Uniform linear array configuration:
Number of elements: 48
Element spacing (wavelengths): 0.25
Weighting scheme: kaiser
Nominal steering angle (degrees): -30
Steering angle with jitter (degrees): -30.615
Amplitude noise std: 0.05
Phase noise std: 0.05

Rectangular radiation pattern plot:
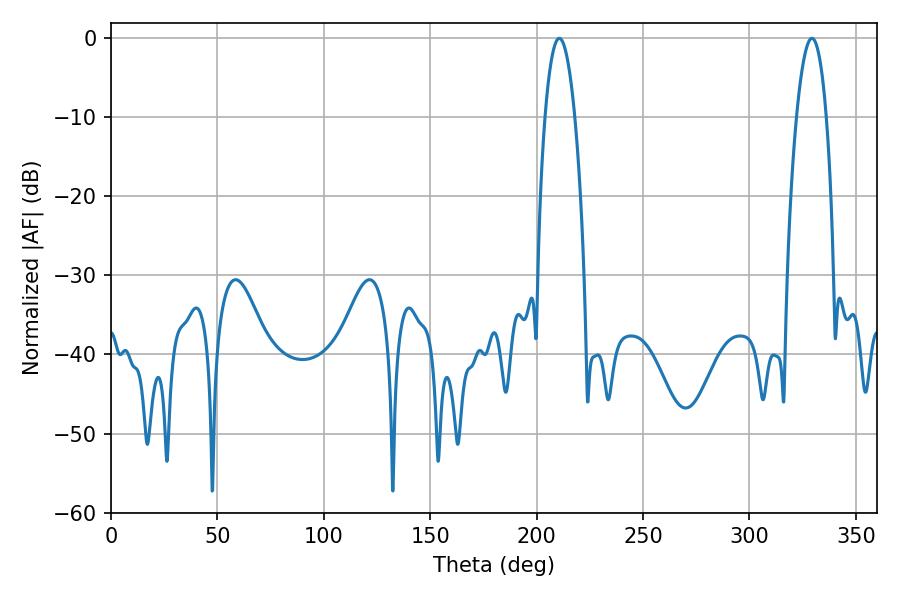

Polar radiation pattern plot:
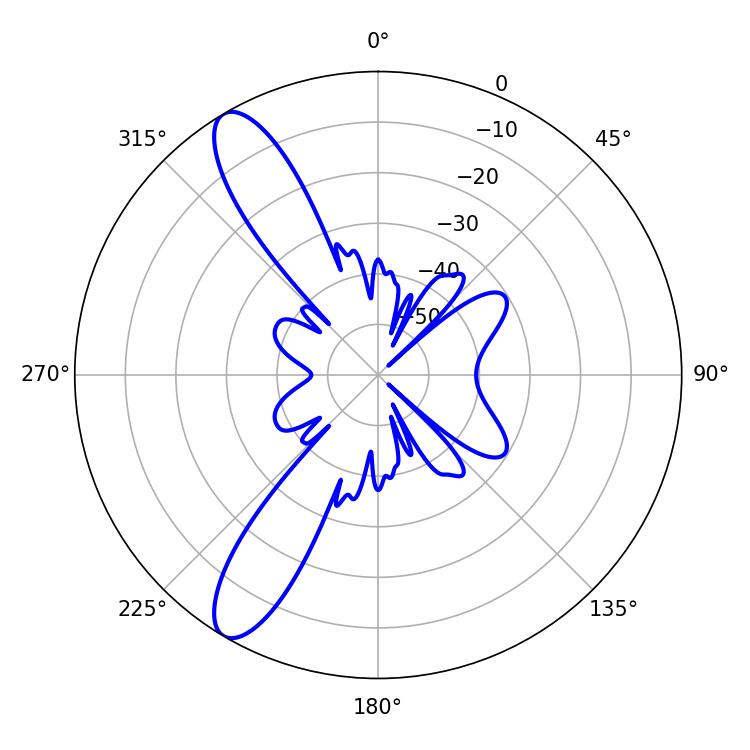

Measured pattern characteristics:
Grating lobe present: FALSE
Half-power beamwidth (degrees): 7.74
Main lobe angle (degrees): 210.6